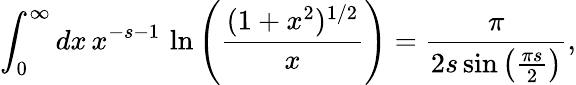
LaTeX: \int_{0}^{\infty}dx\, x^{-s-1}\, \ln\left(\frac{(1+x^{2})^{1/2}}{x}\right)={\frac{\pi}{2s\sin\left(\frac{\pi s}{2}\right)}},